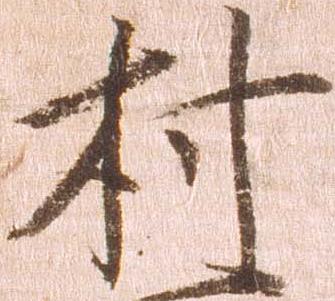
村